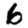
Digit: 6